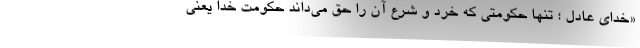
«خدای عادل ؛ تنها حکومتی که خرد و شرع آن را حق می‌داند حکومت خدا یعنی